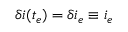
\delta i ( t _ { e } ) = \delta i _ { e } \equiv i _ { e }